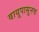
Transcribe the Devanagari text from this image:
वायूपासूनच